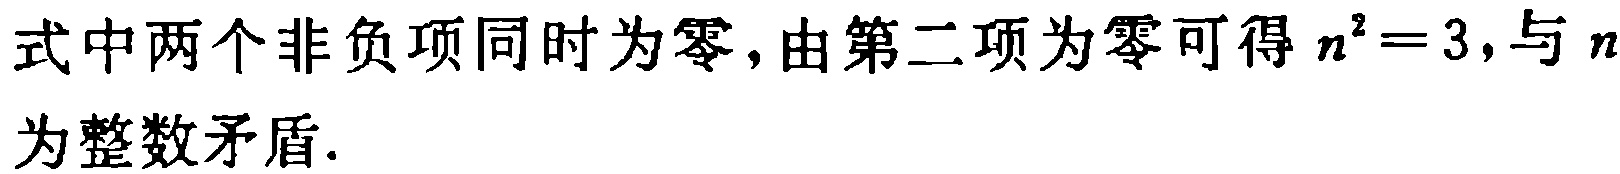
式中两个非负项同时为零,由第二项为零可得 \(n^{2}=3\),与 \(n\)为整数矛盾.